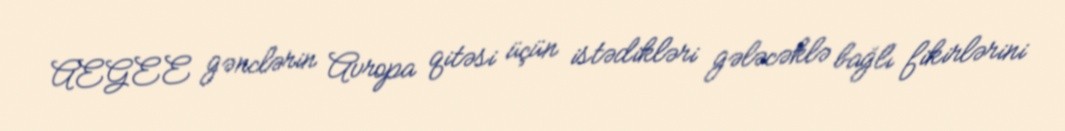
AEGEE gənclərin Avropa qitəsi üçün istədikləri gələcəklə bağlı fikirlərini